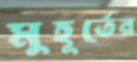
মুহূর্তের